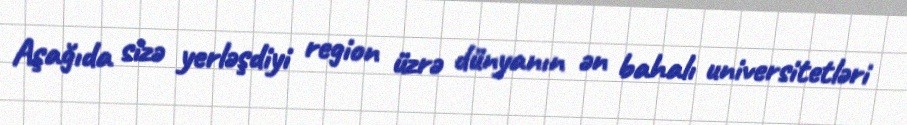
Aşağıda sizə yerləşdiyi region üzrə dünyanın ən bahalı universitetləri